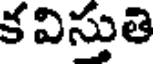
క విస్తుతి